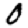
Digit: 0